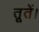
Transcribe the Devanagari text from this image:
तूतें।